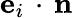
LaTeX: \mathbf{e}_{i}\, \cdot\, \mathbf{n}